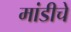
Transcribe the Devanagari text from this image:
मांडीचे